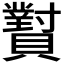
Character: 𬥫